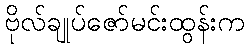
ဗိုလ်ချုပ်ဇော်မင်းထွန်းက